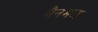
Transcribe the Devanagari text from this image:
नैनमल